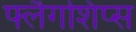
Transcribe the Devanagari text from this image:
फ्लैगशिप्‍स